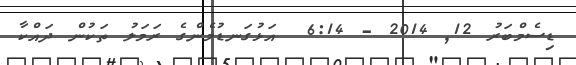
ޑިސެމްބަރު 12